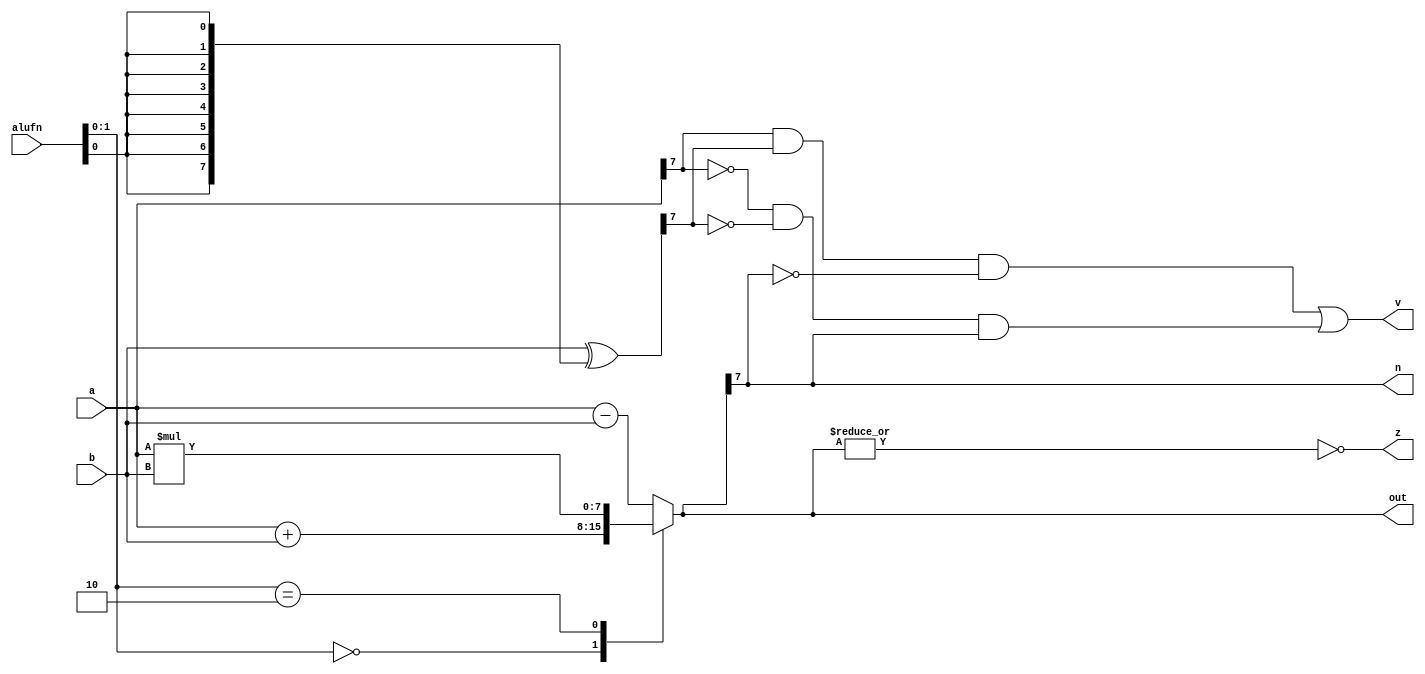
module adder8_7 (
    input [5:0] alufn,
    input [7:0] a,
    input [7:0] b,
    output reg [7:0] out,
    output reg z,
    output reg n,
    output reg v
  );
  
  
  
  reg [7:0] sum;
  
  reg [7:0] xb;
  
  always @* begin
    xb = b ^ {4'h8{alufn[0+0-:1]}};
    
    case (alufn[0+1-:2])
      2'h0: begin
        sum = a + b;
      end
      2'h1: begin
        sum = a - b;
      end
      2'h2: begin
        sum = a * b;
      end
      default: begin
        sum = a - b;
      end
    endcase
    v = (a[7+0-:1] & xb[7+0-:1] & ~sum[7+0-:1]) | (~a[7+0-:1] & ~xb[7+0-:1] & sum[7+0-:1]);
    n = sum[7+0-:1];
    z = (~|sum);
    out = sum;
  end
endmodule